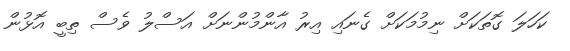
ކަހަލަ ގޮތަކަށް ނިމުމަކަށް ގެނައި އިރު އާންމުންނަށް އަސްލު ވެސް ތިބީ އޮޅުން